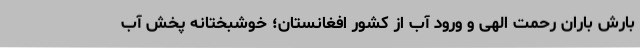
بارش باران رحمت الهی و ورود آب از کشور افغانستان؛ خوشبختانه پخش آب